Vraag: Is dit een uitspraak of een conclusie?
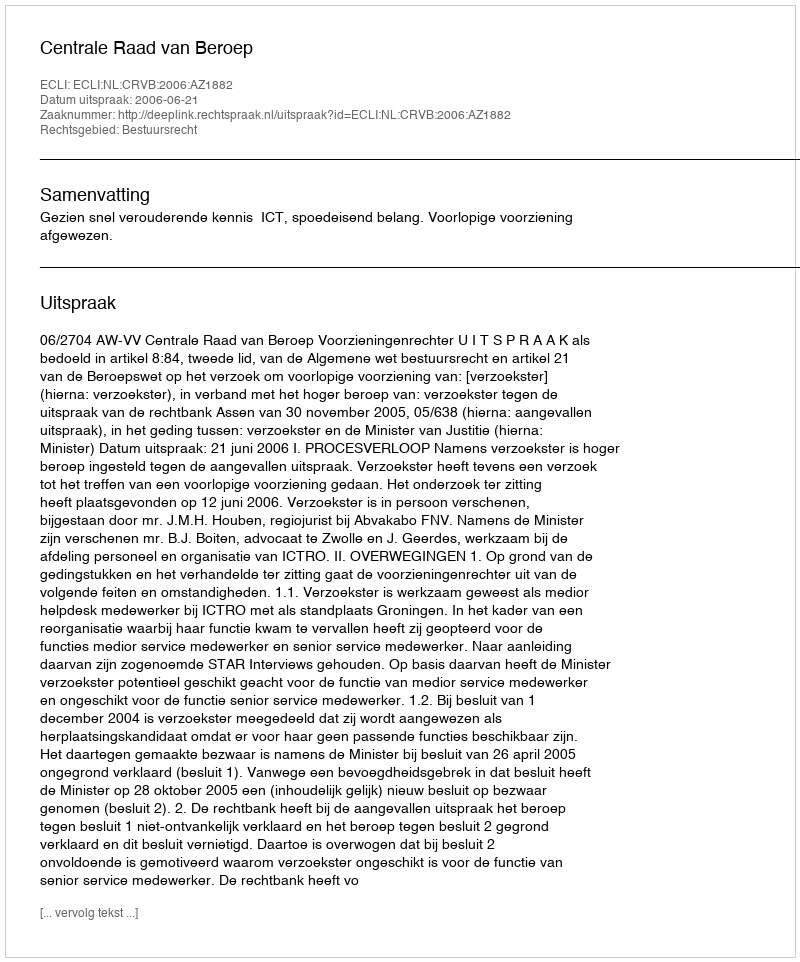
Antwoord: Uitspraak